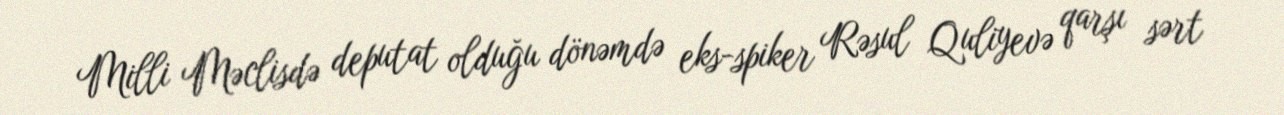
Milli Məclisdə deputat olduğu dönəmdə eks-spiker Rəsul Quliyevə qarşı sərt